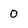
Character: 0